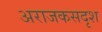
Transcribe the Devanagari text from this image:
अराजकसदृश